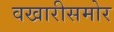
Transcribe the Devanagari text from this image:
वखारीसमोर